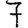
Digit: 7